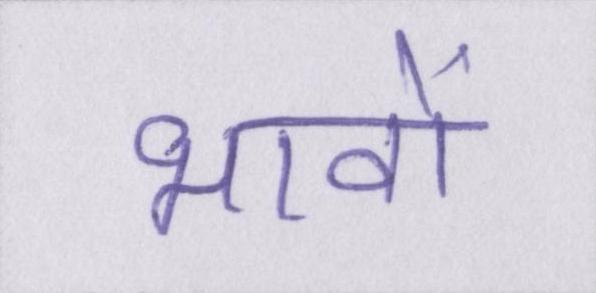
भावों